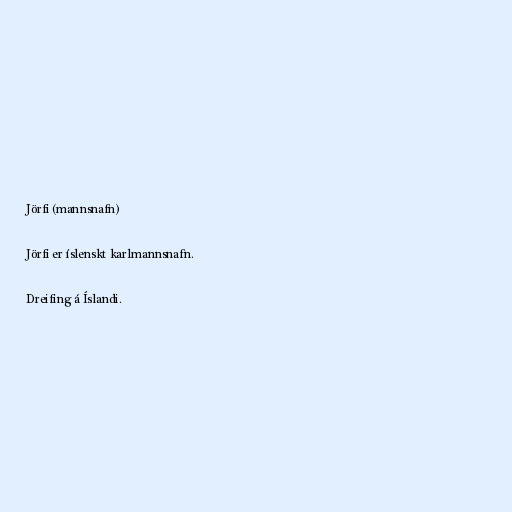
Jörfi (mannsnafn)

Jörfi er íslenskt karlmannsnafn.

Dreifing á Íslandi.